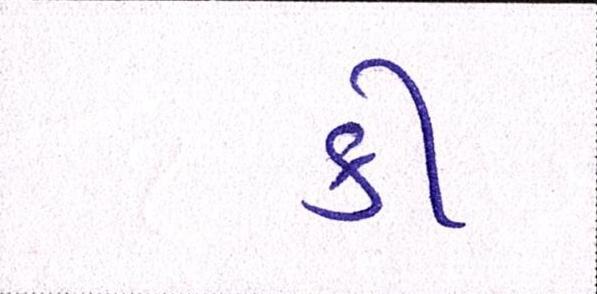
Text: કી